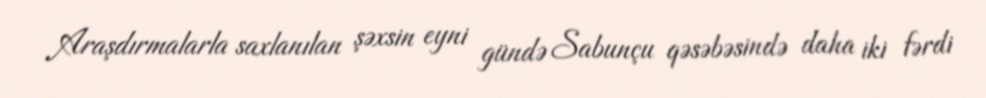
Araşdırmalarla saxlanılan şəxsin eyni gündə Sabunçu qəsəbəsində daha iki fərdi